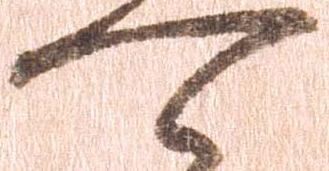
可